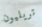
تريليون